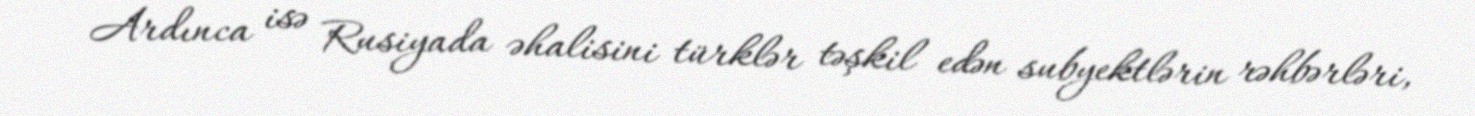
Ardınca isə Rusiyada əhalisini türklər təşkil edən subyektlərin rəhbərləri,